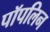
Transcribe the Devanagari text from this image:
पॉपलिन